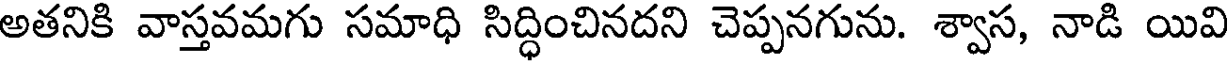
అతనికి వాస్తవమగు సమాధి సిద్ధించినదని చెప్పనగును. శ్వాస, నాడి యివి